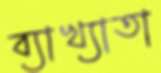
ব্যাখ্যাতা